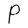
Character: P